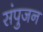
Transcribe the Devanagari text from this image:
संपुजन